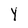
Character: Y